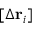
[ \Delta \mathbf { r } _ { i } ]